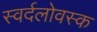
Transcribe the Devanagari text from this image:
स्वर्दलोवस्क